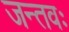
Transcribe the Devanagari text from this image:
जन्तवः